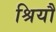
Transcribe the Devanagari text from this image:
श्रियौ